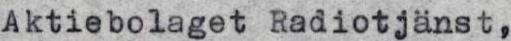
Aktiebolaget Radiotjänst,